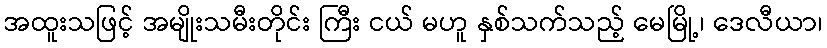
အထူးသဖြင့် အမျိုးသမီးတိုင်း ကြီး ငယ် မဟူ နှစ်သက်သည့် မေမြို့၊ ဒေလီယာ၊